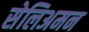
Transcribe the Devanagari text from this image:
सेलिअमन